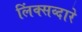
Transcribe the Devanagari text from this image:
लिंक्सव्दारे